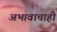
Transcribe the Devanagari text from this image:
अभावाचाही